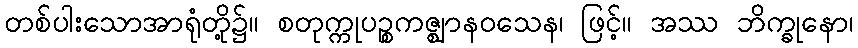
တစ်ပါးသောအာရုံတို့၌။ စတုက္ကုပဉ္စကဇ္ဈာနဝသေန၊ ဖြင့်။ အဿ ဘိက္ခုနော၊